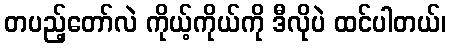
တပည့်တော်လဲ ကိုယ့်ကိုယ်ကို ဒီလိုပဲ ထင်ပါတယ်၊